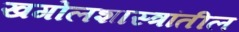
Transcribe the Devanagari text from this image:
खगोलशास्त्रांतील